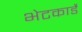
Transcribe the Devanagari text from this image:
भेटकार्डे